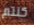
كنتم